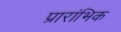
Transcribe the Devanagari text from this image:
प्रारांभिक